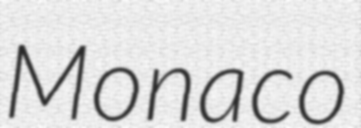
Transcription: Monaco